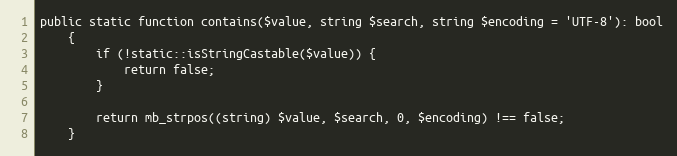
Language: PHP
public static function contains($value, string $search, string $encoding = 'UTF-8'): bool
    {
        if (!static::isStringCastable($value)) {
            return false;
        }

        return mb_strpos((string) $value, $search, 0, $encoding) !== false;
    }